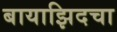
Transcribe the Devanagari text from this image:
बायाझिदचा